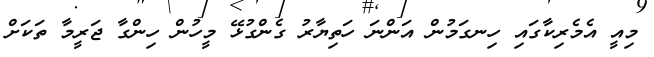
މިއީ އެމެރިކާގައި ހިނގަމުން އަންނަ ހަތިޔާރު ގެންގުޅޭ މީހުން ހިންގާ ޖަރީމާ ތަކަށް